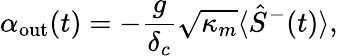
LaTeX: \alpha_{\mathrm{out}}(t)=-\frac{g}{\delta_{c}}\sqrt{\kappa_{m}}\langle\hat{S}^{-}(t)\rangle,